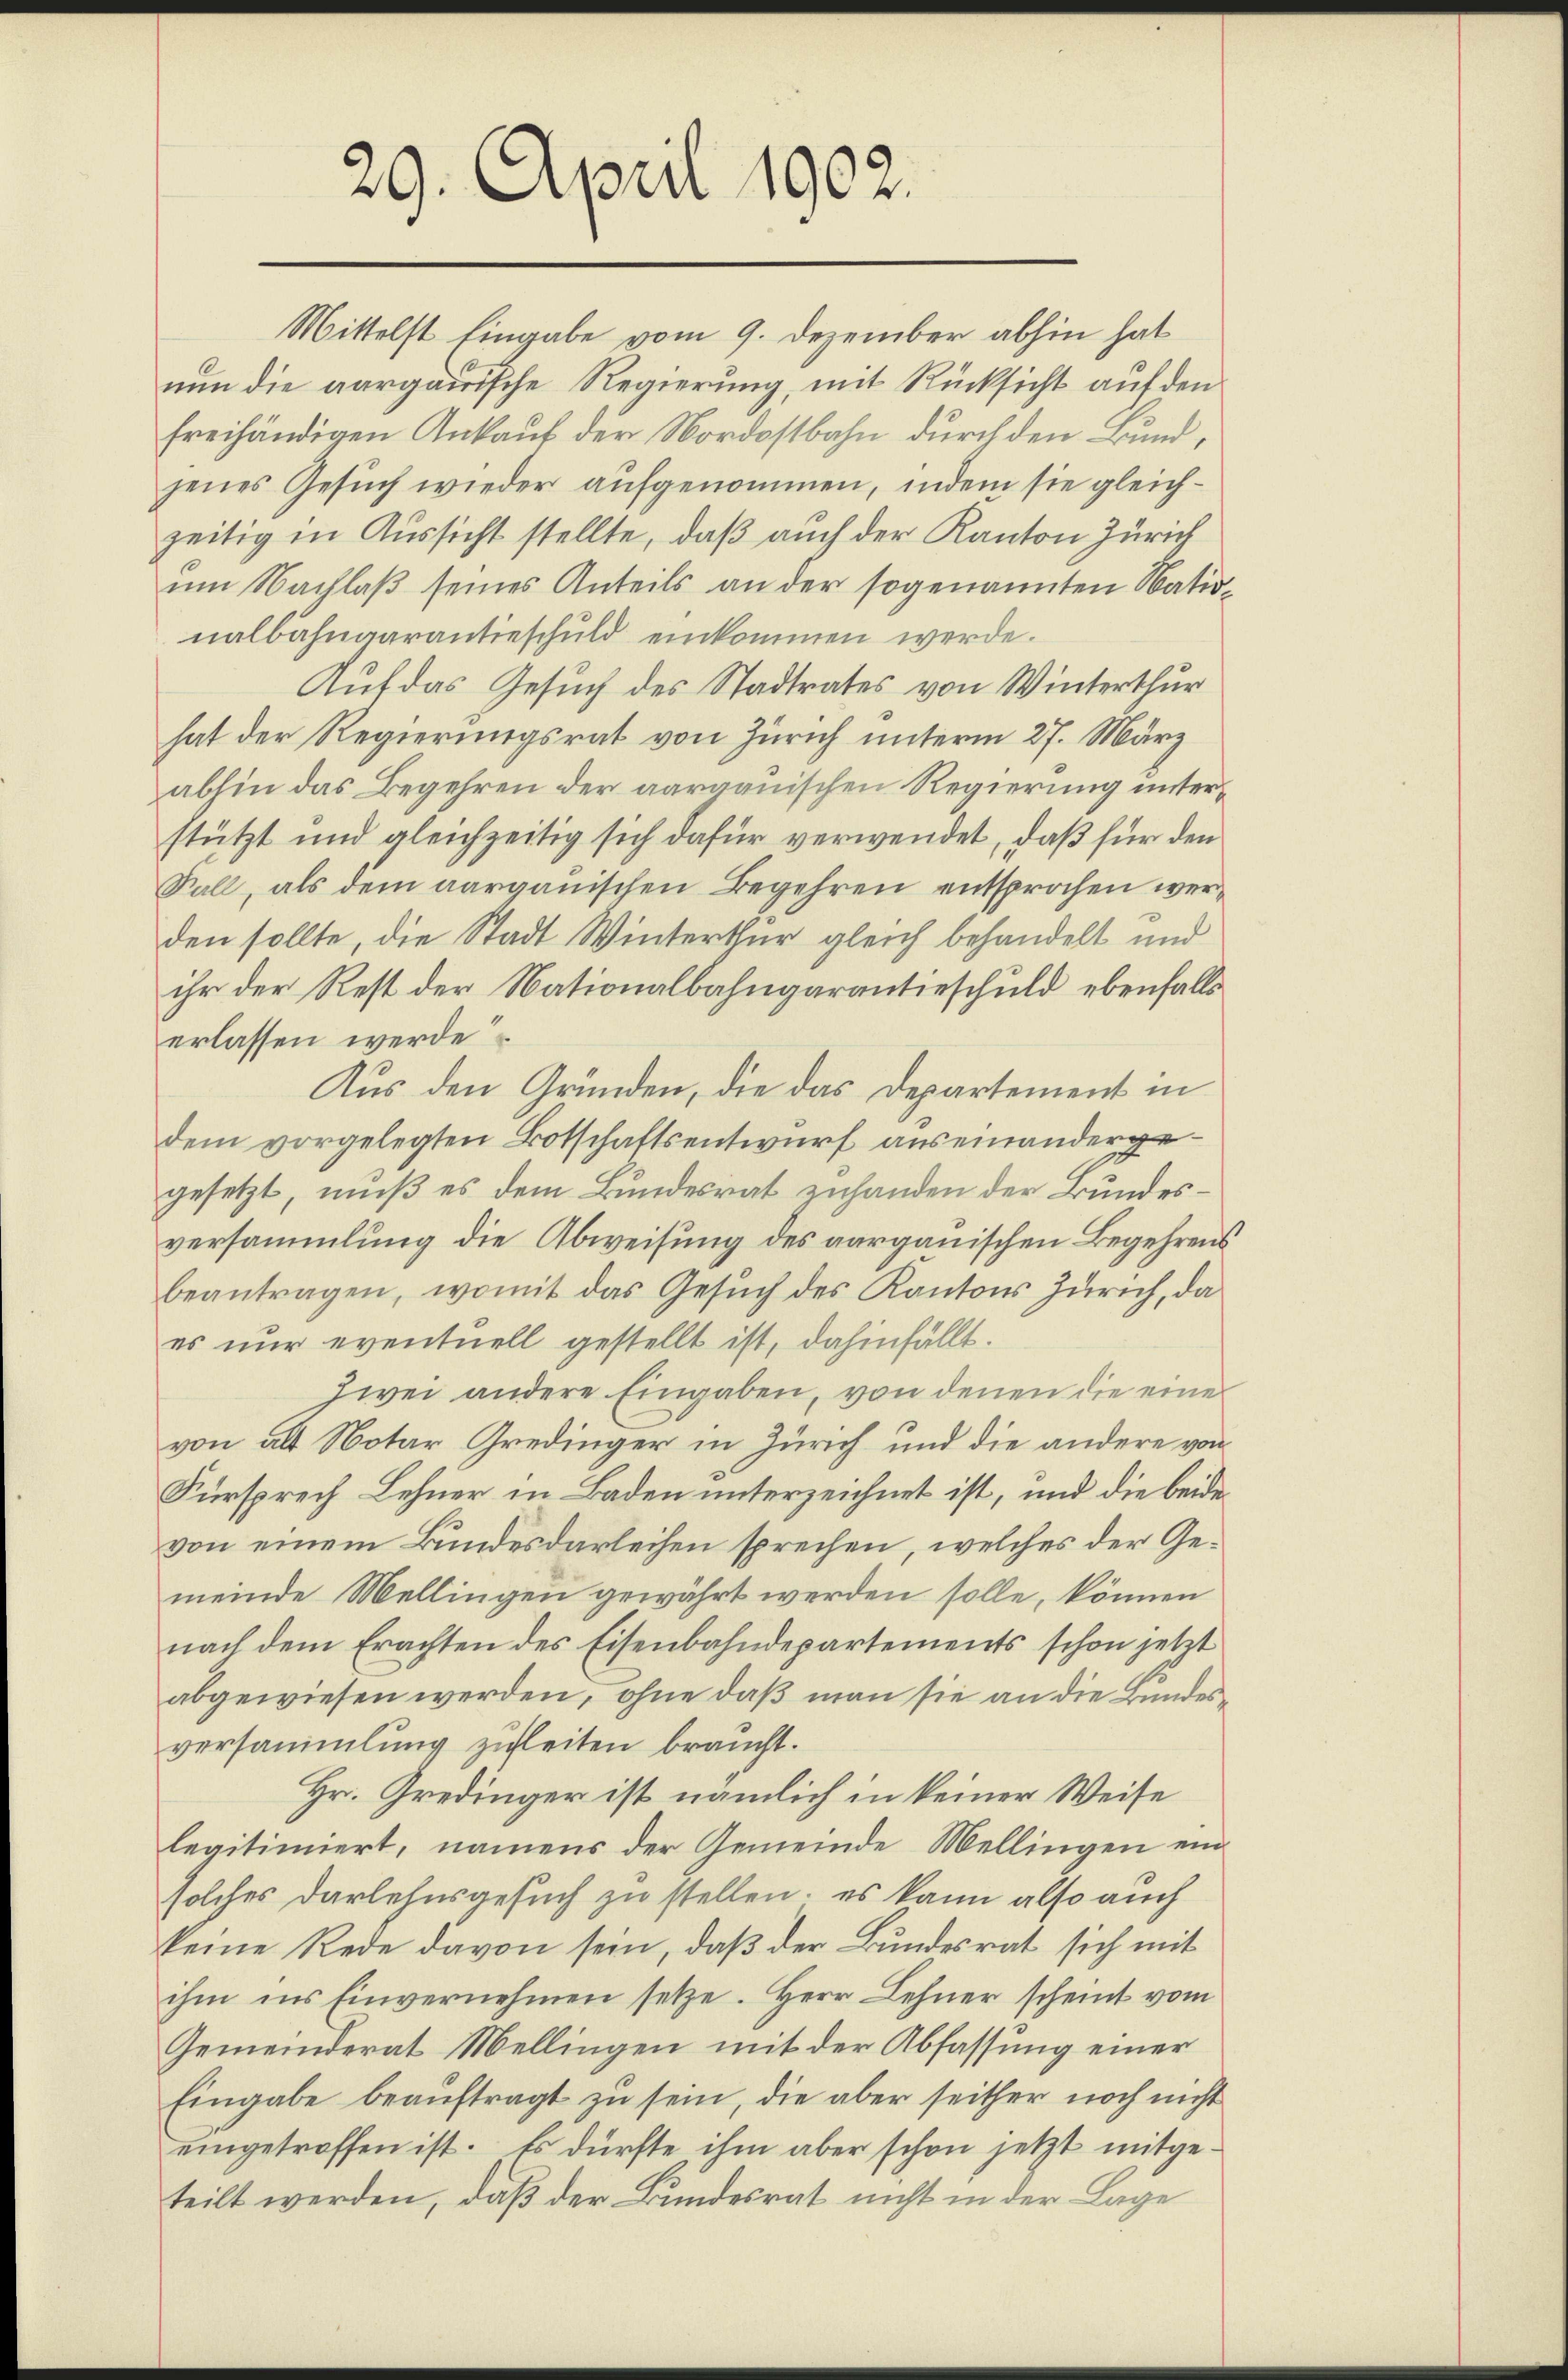
29. April 1902.

Mittelst Eingabe vom 9. Dezember abhin hat
nun die aargauische Regierung, mit Rücksicht auf den
freihändigen Ankauf der Nordostbahn durch den Bundjenes Gesuch wieder aufgenommen, indem sie gleichzeitig in Aussicht stellte, daß auch der Kanton Zürich
um Nachlaß seines Anteils an der sogenannten Nationalbahnaarantieschuld einkommen werde.
Auf das Gesuch des Stadtrates von Winterthur
hat der Regierungsrat von Zürich unterm 27. März
abhin das Begehren der aargauischen Regierung unterstützt und gleichzeitig sich dafür verwendet, daß für den
Sall, als dem aargauischen Begehren entsprochen werden sollte, die Stadt Winterthur gleich behandelt und
ihr der Rest der Nationalbahngarantieschuld ebenfalls
erlassen werde
Aus den Gründen, die das Departement in
dem vorgelegten Botschaftsentwurf auseinandergegesetzt, muß es dem Bundesrat zuhanden der Bundesversammlung die Abweisung des aargauischen Begehrens
beantragen, womit das Gesŭch des Kantons Zürich, da
es nur eventuell gestellt ist, dahinfällt.
zwei andere Eingaben, von denen die eine
von als Notar Gredinger in Zürich und die andere von
Fürsprech Lehner in Baden unterzeichnet ist, und die beide
von einem Bundesdarleihen sprechen, welches der Gemeinde Mellingen gewährt werden solle, können
nach dem Erachten des Eisenbahndepartements schon jetzt
abgewiesen werden, ohne daß man sie an die Bundesversammlung zuleiten braucht.
Hr. Gredinger ist nämlich in keiner Weise
legitimiert, namens der Gemeinde Mellingen ein
solches Darlehnsgesuch zu stellen; es kann also auch
keine Rede davon sein, daß der Bundesrat sich mit
ihm ins Einvernehmen setze. Herr Lehner scheint vom
Gemeinderat Mellingen mit der Abfassung einer
Eingabe beauftragt zu sein, die aber seither noch nicht
eingetroffen ist. Es dürfte, ihm aber schon jetzt mitgeteilt werden, daß der Bundesrat nicht in der Lage